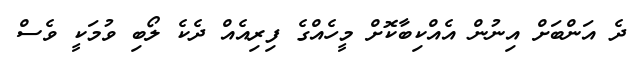
ދެ އަންބަށް އިނުން އެއްކިބާކޮށް މީހެއްގެ ފިރިއެއް ދެކެ ލޯބި ވުމަކީ ވެސް